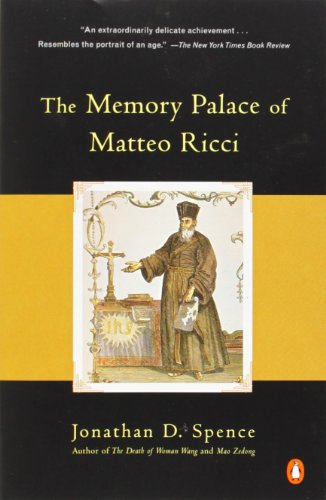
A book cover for The Memory Palace of Matteo Ricci; Jonathan D. Spence; Biographies & Memoirs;